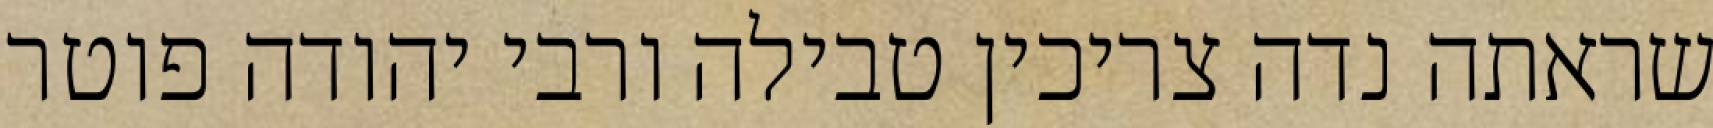
שראתה נדה צריכין טבילה ורבי יהודה פוטר